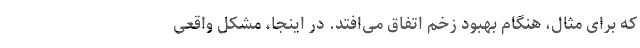
که برای مثال، هنگام بهبود زخم اتفاق می‌افتد. در اینجا، مشکل واقعی